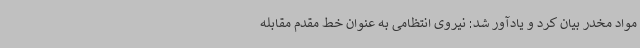
مواد مخدر بیان کرد و یادآور شد: نیروی انتظامی به عنوان خط مقدم مقابله